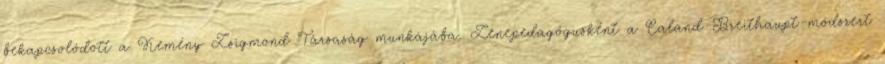
bekapcsolódott a Kemény Zsigmond Társaság munkájába. Zenepedagógusként a Caland-Breithaupt-módszert